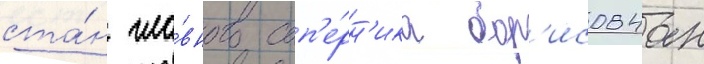
ста́н гла́вного соп'е́рн'ика бор'исовчан